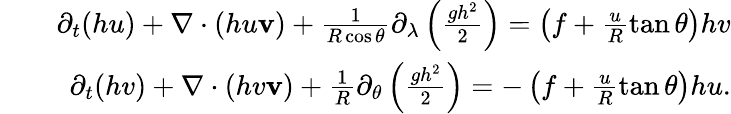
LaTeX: \begin{array}{rlr}&{}&{\partial_{t}(hu)+\nabla\cdot(hu\mathbf{v})+\frac{1}{R\cos\theta}\partial_{\lambda}\left(\frac{gh^{2}}2\right)=\left(f+\frac uR\tan\theta\right)hv}\\ &{}&{\partial_{t}(hv)+\nabla\cdot(hv\mathbf{v})+\frac{1}{R}\partial_{\theta}\left(\frac{gh^{2}}2\right)=-\left(f+\frac uR\tan\theta\right)hu.}\end{array}